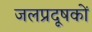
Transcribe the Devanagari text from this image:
जलप्रदूषकों